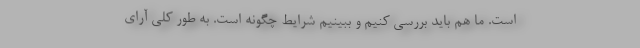
است. ما هم باید بررسی کنیم و ببینیم شرایط چگونه است. به طور کلی آرای